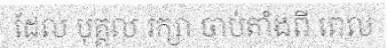
ដែល បុគ្គល រក្សា ចាប់តាំងពី ពេល